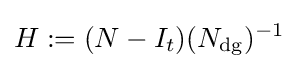
H:=(N-I_{t})(N_{\operatorname {dg} })^{-1}